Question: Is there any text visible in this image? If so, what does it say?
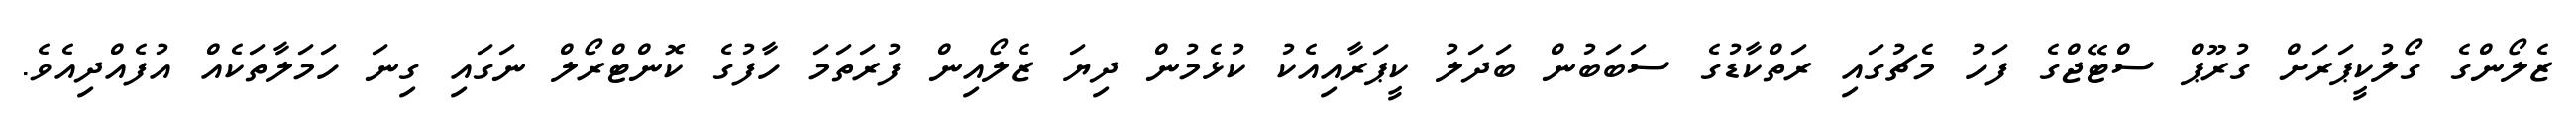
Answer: ޒެލޯންގެ ގޯލުކީޕަރަށް ގުރޫޕް ސްޓޭޖްގެ ފަހު މެޗުގައި ރަތްކާޑުގެ ސަބަބުން ބަދަލު ކީޕަރާއިއެކު ކުޅެމުން ދިޔަ ޒެލޯއިން ފުރަތަމަ ހާފުގެ ކޮންޓްރޯލް ނަގައި ގިނަ ހަމަލާތަކެއް އުފެއްދިއެވެ.